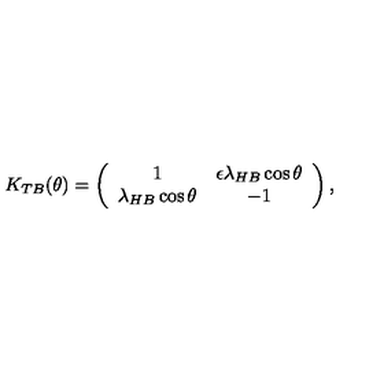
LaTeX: K _ { T B } ( \theta ) = \left( \begin{array} { c c } { 1 } & { \epsilon \lambda _ { H B } \cos \theta } \\ { \lambda _ { H B } \cos \theta } & { - 1 } \\ \end{array} \right) ,